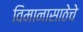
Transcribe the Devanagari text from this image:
विमानासाठेचे